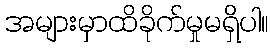
အများမှာထိခိုက်မှုမရှိပါ။